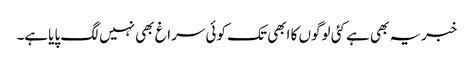
خبریہ بھی ہے کئی لوگوں کا ابھی تک کوئی سراغ بھی نہیں لگ پایاہے۔